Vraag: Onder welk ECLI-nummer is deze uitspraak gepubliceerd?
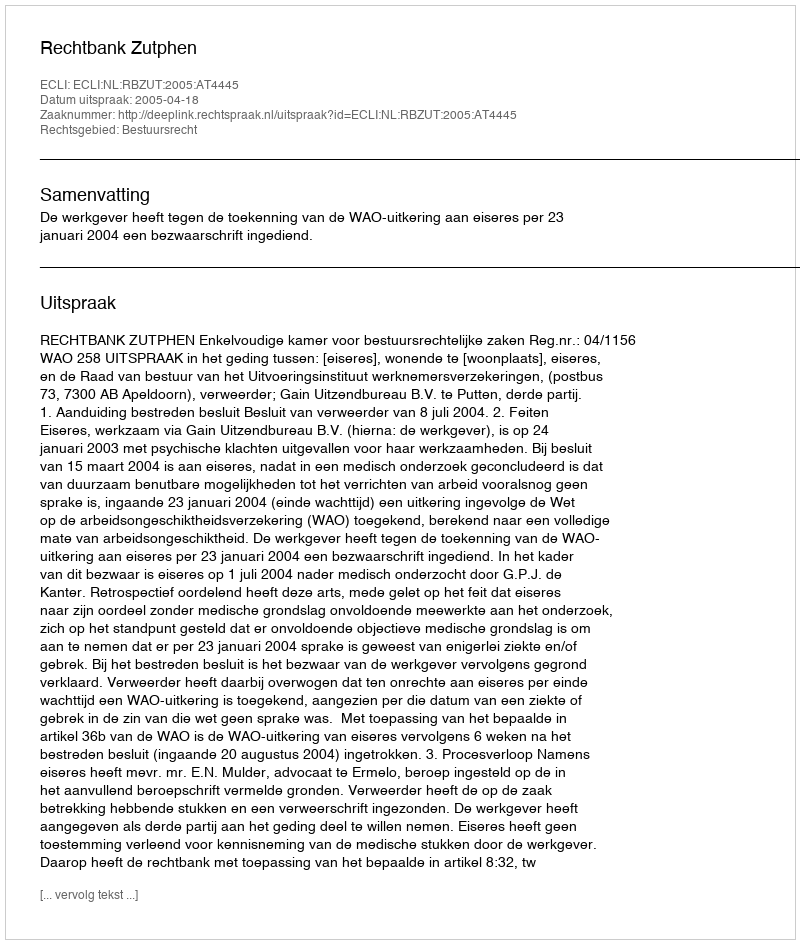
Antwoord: ECLI:NL:RBZUT:2005:AT4445